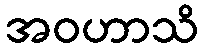
အဝဟာသိ